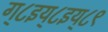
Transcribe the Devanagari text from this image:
ग्८इय्८इय्८९